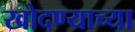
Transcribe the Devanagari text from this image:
खोदण्याच्या